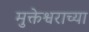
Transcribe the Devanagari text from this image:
मुक्तेश्वराच्या